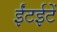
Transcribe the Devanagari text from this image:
ईंटईटें